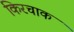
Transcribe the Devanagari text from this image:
किरचाक